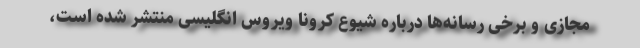
مجازی و برخی رسانه‌ها درباره شیوع کرونا ویروس انگلیسی منتشر شده است،